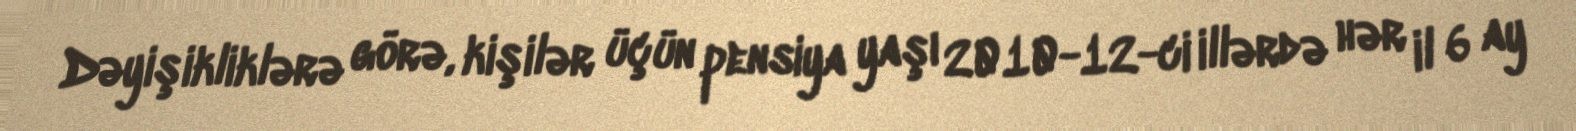
Dəyişikliklərə görə, kişilər üçün pensiya yaşı 2010-12-ci illərdə hər il 6 ay